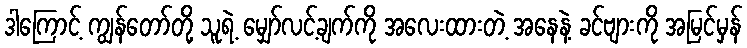
ဒါကြောင့် ကျွန်တော်တို့ သူရဲ့ မျှော်လင့်ချက်ကို အလေးထားတဲ့ အနေနဲ့ ခင်ဗျားကို အမြင်မှန်